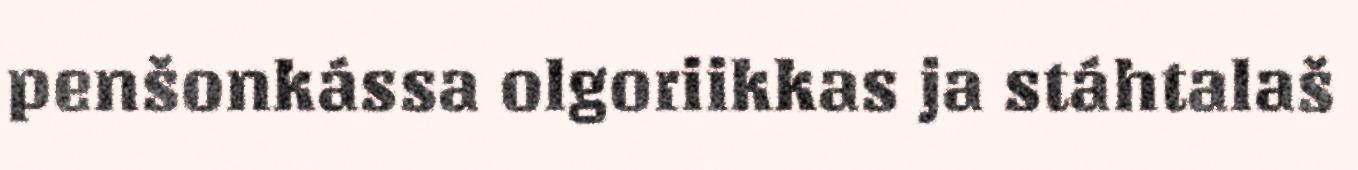
penšonkássa olgoriikkas ja stáhtalaš